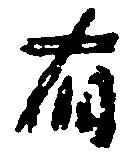
有